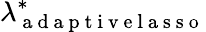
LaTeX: \lambda_{\mathrm{~a~d~a~p~t~i~v~e~l~a~s~s~o~}}^{\ast}